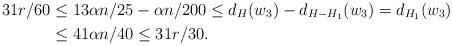
LaTeX: \begin{align*}31r/60 & \le 13\alpha n/25- \alpha n/200 \le d_{H}(w_3)-d_{H-H_1}(w_3)=d_{H_1}(w_3) \\& \le 41\alpha n/40\le 31r/30.\end{align*}